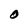
Character: O